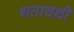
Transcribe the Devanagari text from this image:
शतावधी